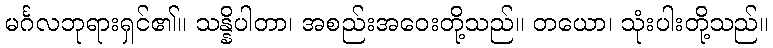
မင်္ဂလဘုရားရှင်၏။ သန္နိပါတာ၊ အစည်းအဝေးတို့သည်။ တယော၊ သုံးပါးတို့သည်။